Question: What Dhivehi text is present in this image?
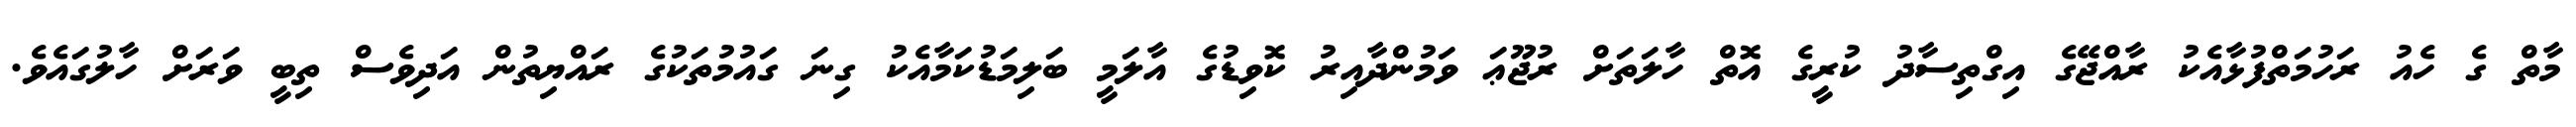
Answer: މާތް ގެ ހެއު ރަހުމަތްފުޅާއެކު ރާއްޖޭގެ އިގްތިސާދު ކުރީގެ އޮތް ހާލަތަށް ރުޖޫޢަ ވަމުންދާއިރު ކޮވިޑުގެ އާލަމީ ބަލިމަޑުކަމާއެކު ގިނަ ގައުމުތަކުގެ ރައްޔިތުން އަދިވެސް ތިބީ ވަރަށް ހާލުގައެވެ.